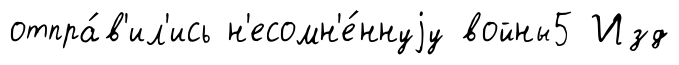
отпра́в'ил'ись н'есомн'е́ннуjу войны5 Изд